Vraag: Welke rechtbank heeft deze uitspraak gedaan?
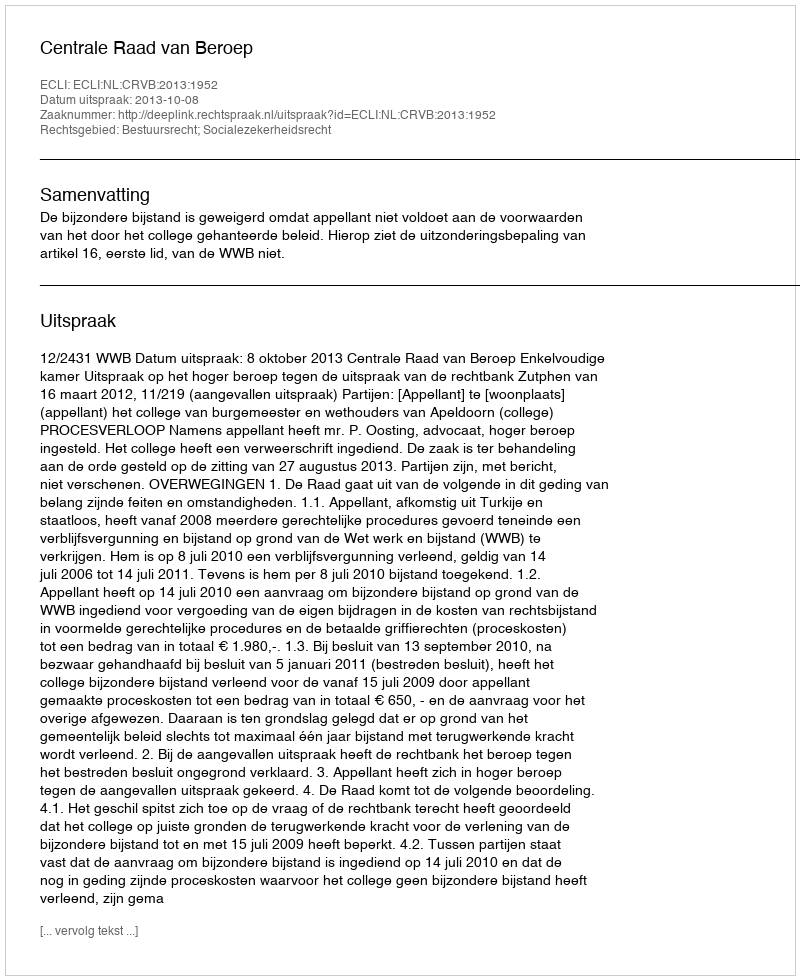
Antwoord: Centrale Raad van Beroep